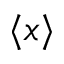
\langle x \rangle